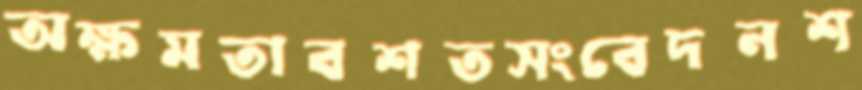
অক্ষমতাবশতসংবেদনশ